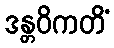
ဒန္တဝိကတိံ